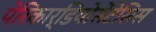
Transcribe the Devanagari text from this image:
पेरिकार्डियोसेंटेसिस